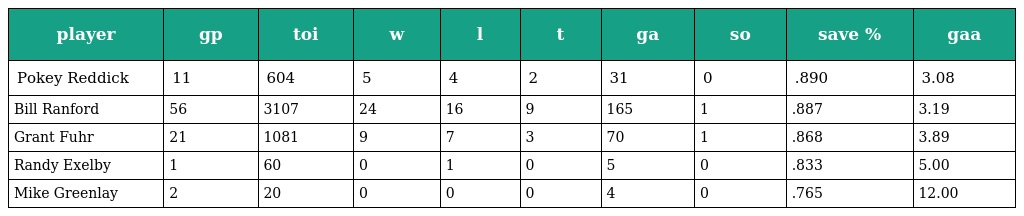
| player | gp | toi | w | l | t | ga | so | save % | gaa |
 | --- | --- | --- | --- | --- | --- | --- | --- | --- | --- |
 | Pokey Reddick | 11 | 604 | 5 | 4 | 2 | 31 | 0 | .890 | 3.08 |
 | Bill Ranford | 56 | 3107 | 24 | 16 | 9 | 165 | 1 | .887 | 3.19 |
 | Grant Fuhr | 21 | 1081 | 9 | 7 | 3 | 70 | 1 | .868 | 3.89 |
 | Randy Exelby | 1 | 60 | 0 | 1 | 0 | 5 | 0 | .833 | 5.00 |
 | Mike Greenlay | 2 | 20 | 0 | 0 | 0 | 4 | 0 | .765 | 12.00 |